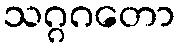
သဂ္ဂဂတော